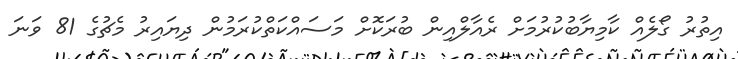
އިތުރު ގޯލެއް ކާމިޔާބުކުރުމަށް ރެއާލްއިން ބުރަކޮށް މަސައްކަތްކުރަމުން ދިޔައިރު މެޗުގެ 81 ވަނަ